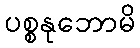
ပစ္စနုဘောမိ